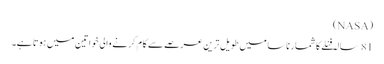
(NASA)
81 سالہ فنلے کا شمار ناسا میں طویل ترین عرصے سے کام کرنے والی خواتین میں ہوتا ہے۔